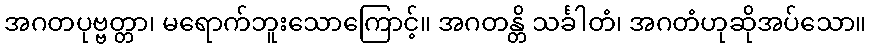
အဂတပုဗ္ဗတ္တာ၊ မရောက်ဘူးသောကြောင့်။ အဂတန္တိ သင်္ခါတံ၊ အဂတံဟုဆိုအပ်သော။